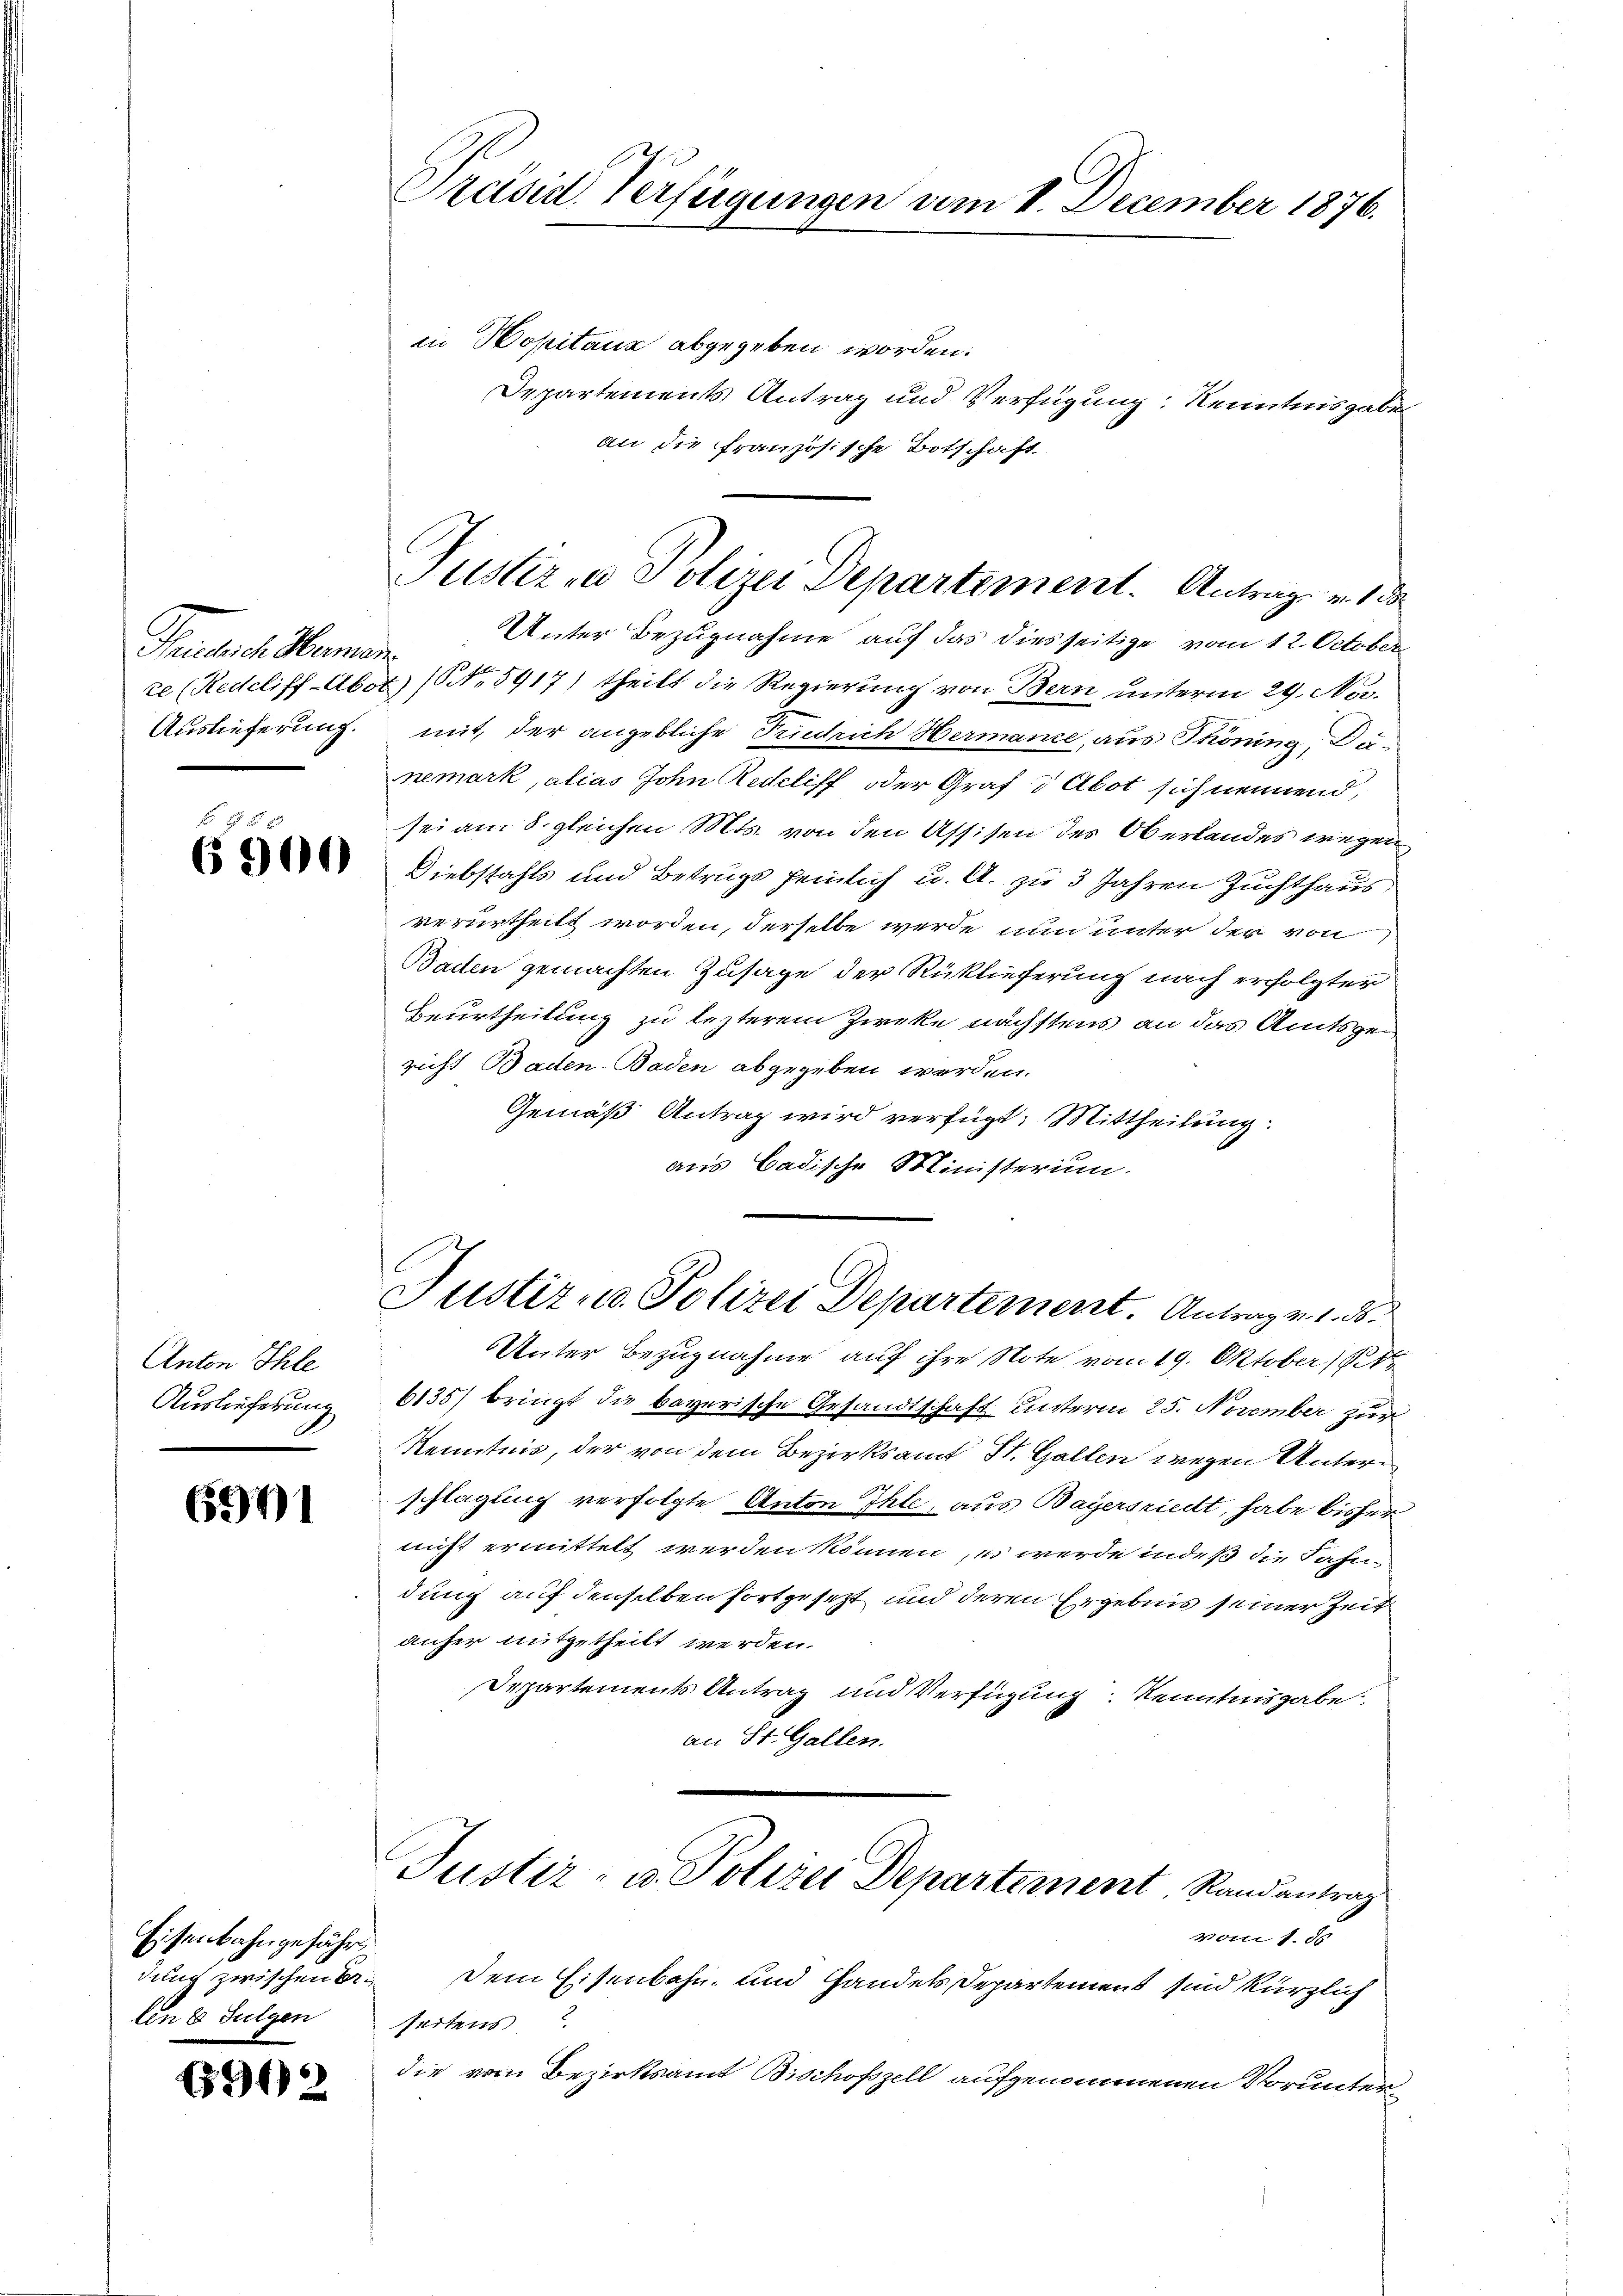
Teichnet. Namen.

6500

Anton Ihle
Auslieferung

6901

Eisenbahngefähr
lin 8 Fulgen

6912

Präsid. Verfügungen vom 1. December 1876.

in Positanz abgegeben worden.
Departements Antrag und Verfügung Kenntnisgaben
an die französische Botschaft
Unter Bezugnahme auf das diesseitige vom 12. October
te (Redcliff-Abot) (NNo. 5917) theilt die Regierung von Bern unterm 29. No.
Auslieferung mit der angebliche Friedrich Hermance, aus Phöning, Danemark, alias Sohn Recliff oder Graf 3 Abot sich nennend,
sei am 8. gleichen Mts. von den Assisen des Oberlandes wegen
Diebstahls und Betrugs heimlich u. A. zu 3 Jahren Zuchthaus
verurtheilt worden, derselbe werde nun unter der von
Baden gemachten Zusage der Rücklieferung nach erfolgter
Beurtheilung zu lezterem Zweke nächstens an das Amtsgericht Baden-Baden abgegeben worden.
Gemäß Antrag wird verfügt: Mittheilung
aus Badische Ministerium.
Justiz u. Polizei Departement. Antragen 1. 5
Unter Bezugnahme auf ihre Note vom 19. Oktober 181
6135) bringt die bayerische Gesandtschaft unterm 25. November zur
Kenntnis, der von dem Bezirksamt St. Gallen wegen Unterschlagung verfolgte Anton Ihle, aus Bayersriedt, habe bisher
nicht ermittelt werden können, es werde indeß die Fahn
dung auf denselben fortgesezt und deren Ergebnis seiner Zeit
anher mitgetheilt werden.
Departements Antrag und Verfügung Kenntnisgabe.
an St. Gallen.
Justiz- u. Polizei Departement, Randantrag
vom 1. 85
durch zwischen. Dem Eisenbahn, und Handels Departement sind kürzlich
seitens
die vom Bezirksamt Bischofszell aufgenommenen Vorunter

Justiz & Polizei Departement. Antrage v. 18